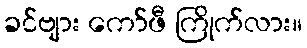
ခင်ဗျား ကော်ဖီ ကြိုက်လား။